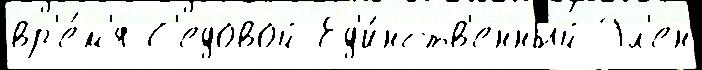
вр'е́м'я С'едовой Ед'и́нств'енный Эл'ен